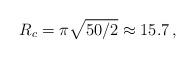
LaTeX: \begin{align*} R_c=\pi \sqrt{50/2} \approx 15.7 \, , \end{align*}